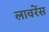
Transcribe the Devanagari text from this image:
लावरेंस